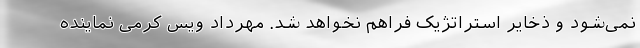
نمی‌شود و ذخایر استراتژیک فراهم نخواهد شد. مهرداد ویس کرمی نماینده